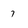
Character: 7